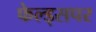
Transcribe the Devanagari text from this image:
फेल्ड्सपर